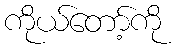
ကိုယ်တော့်ကို